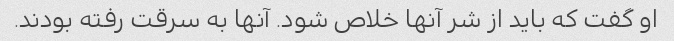
او گفت که باید از شر آنها خلاص شود. آنها به سرقت رفته بودند.